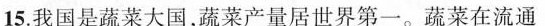
15.我国是蔬菜大国，蔬菜产量居世界第一。蔬菜在流通